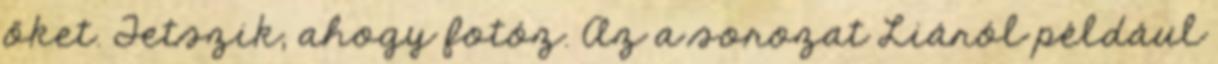
őket. Tetszik, ahogy fotóz. Az a sorozat Liáról például